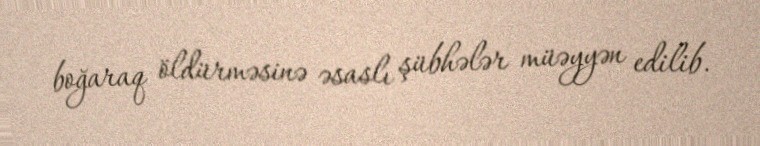
boğaraq öldürməsinə əsaslı şübhələr müəyyən edilib.